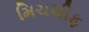
મિચચીફ